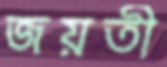
জয়তী